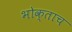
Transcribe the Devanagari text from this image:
भोक्ताच